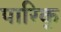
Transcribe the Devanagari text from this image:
पारिक्